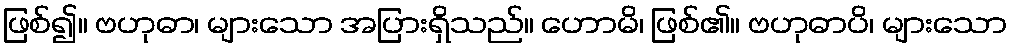
ဖြစ်၍။ ဗဟုဓာ၊ များသော အပြားရှိသည်။ ဟောမိ၊ ဖြစ်၏။ ဗဟုဓာပိ၊ များသော